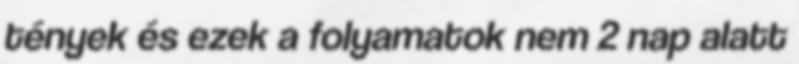
tények és ezek a folyamatok nem 2 nap alatt